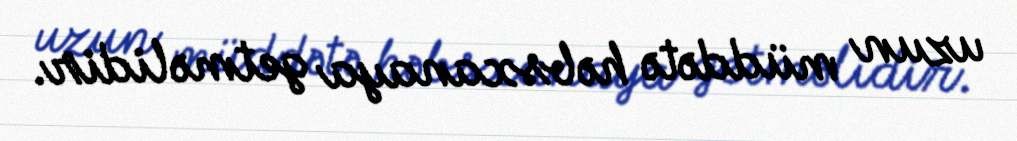
uzun müddətə həbsxanaya getməlidir.